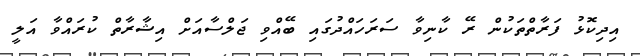
އިދިކޮޅު ފަރާތްތަކުން ރޭ ކާނިވާ ސަރަހައްދުގައި ބޭއްވި ޖަލްސާއަށް އިޝާރާތް ކުރައްވާ އަލީ